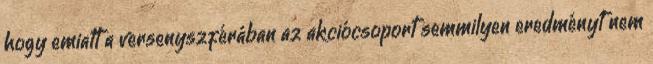
hogy emiatt a versenyszférában az akciócsoport semmilyen eredményt nem